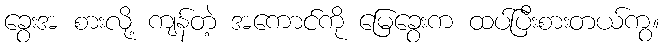
ခွေးအ စားလို့ ကျန်တဲ့ အကောင်ကို မြေခွေးက ထပ်ပြီးစားတယ်ကွ။